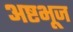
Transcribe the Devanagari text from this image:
अष्टभूज